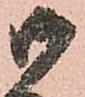
御